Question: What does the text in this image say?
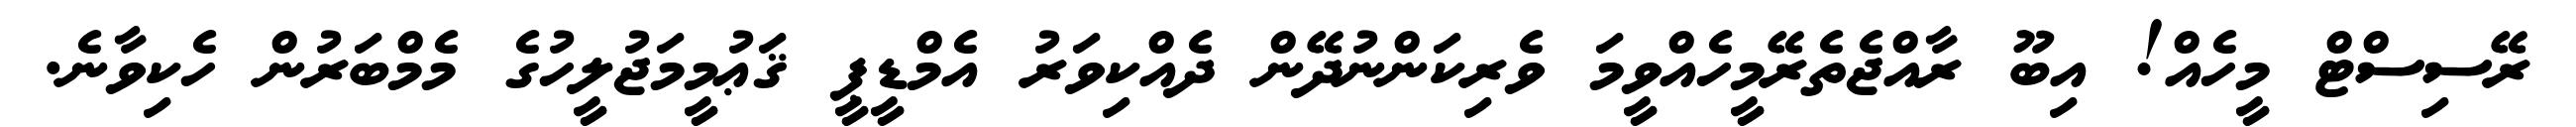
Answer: ރޭސިސްޓް މީހެއް! އިބޫ ރާއްޖެތެރޭމީހެއްވީމަ ވެރިކަންނުދޭން ދެއްކިވަރު އެމްޑީޕީ ޤަޢުމީމަޖުލީހުގެ މެމްބަރުން ހެކިވާނެ.